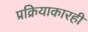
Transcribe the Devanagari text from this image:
प्रक्रियाकारही